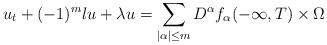
LaTeX: \begin{align*}u_t+(-1)^m \l u+\lambda u=\sum_{|\alpha|\le m}D^\alpha f_\alpha (-\infty, T)\times \Omega\end{align*}